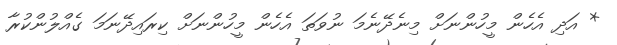
* އަދި އެހެން މީހުންނަށް މިނެދޭނެމަ ނުވަތަ އެހެން މީހުންނަށް ކިރައިދޭނަމަ ގެއްލުންކުރާ